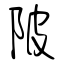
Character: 陂